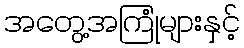
အတွေ့အကြုံများနှင့်